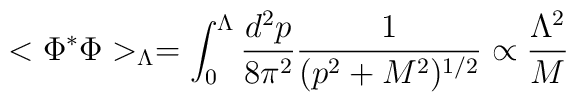
<\Phi^*\Phi>_\Lambda=\int_0^{\Lambda} {d^2p\over 8\pi^2}{1\over (p^2+M^2)^{1/2}}\propto{\Lambda^2\over M}